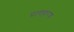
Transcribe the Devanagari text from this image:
प्राणहरण